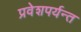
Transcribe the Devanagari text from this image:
प्रवेशपर्यन्त